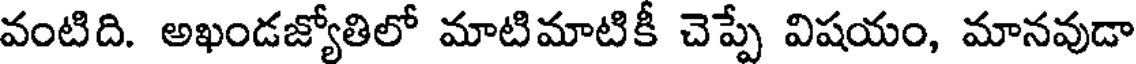
వంటిది. అఖండజ్యోతిలో మాటిమాటికీ చెప్పే విషయం, మానవుడా